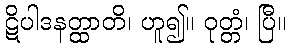
ဋိပါဒနတ္ထာတိ၊ ဟူ၍။ ဝုတ္တံ၊ ပြီ။